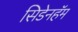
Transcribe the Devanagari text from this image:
सिडेनहॅम